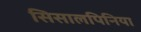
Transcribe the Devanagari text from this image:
सिसालपिनिया